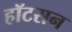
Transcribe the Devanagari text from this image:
हॉटसन